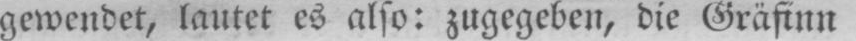
gewendet, lautet es also: zugegeben, die Gräfinn